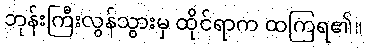
ဘုန်းကြီးလွန်သွားမှ ထိုင်ရာက ထကြရ၏။